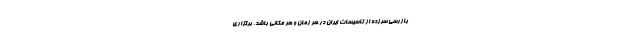
بازرسی سرزده‌ از تاسیسات ایران در هر زمان و هر مکانی باشد. برگزاری